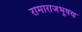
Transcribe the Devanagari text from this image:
रामाराजभूषण